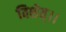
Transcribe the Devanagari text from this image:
विशेत्।।